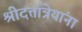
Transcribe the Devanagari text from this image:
श्रीदत्तात्रेयांना